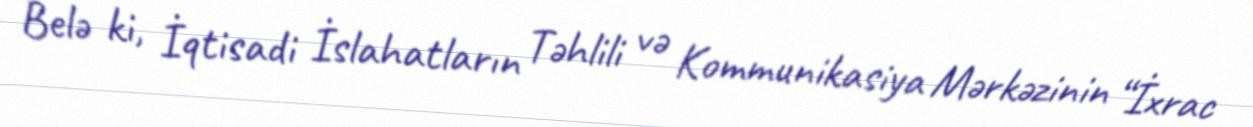
Belə ki, İqtisadi İslahatların Təhlili və Kommunikasiya Mərkəzinin “İxrac